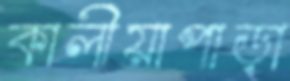
কালীয়াপাড়া